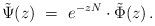
LaTeX: \begin{align*} \tilde\Psi(z) \ = \ e^{-zN} \cdot \tilde\Phi(z) \,.\end{align*}